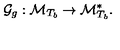
\mathcal { G } _ { g } : \mathcal { M } _ { T _ { b } } \rightarrow \mathcal { M } _ { T _ { b } } ^ { \ast } .